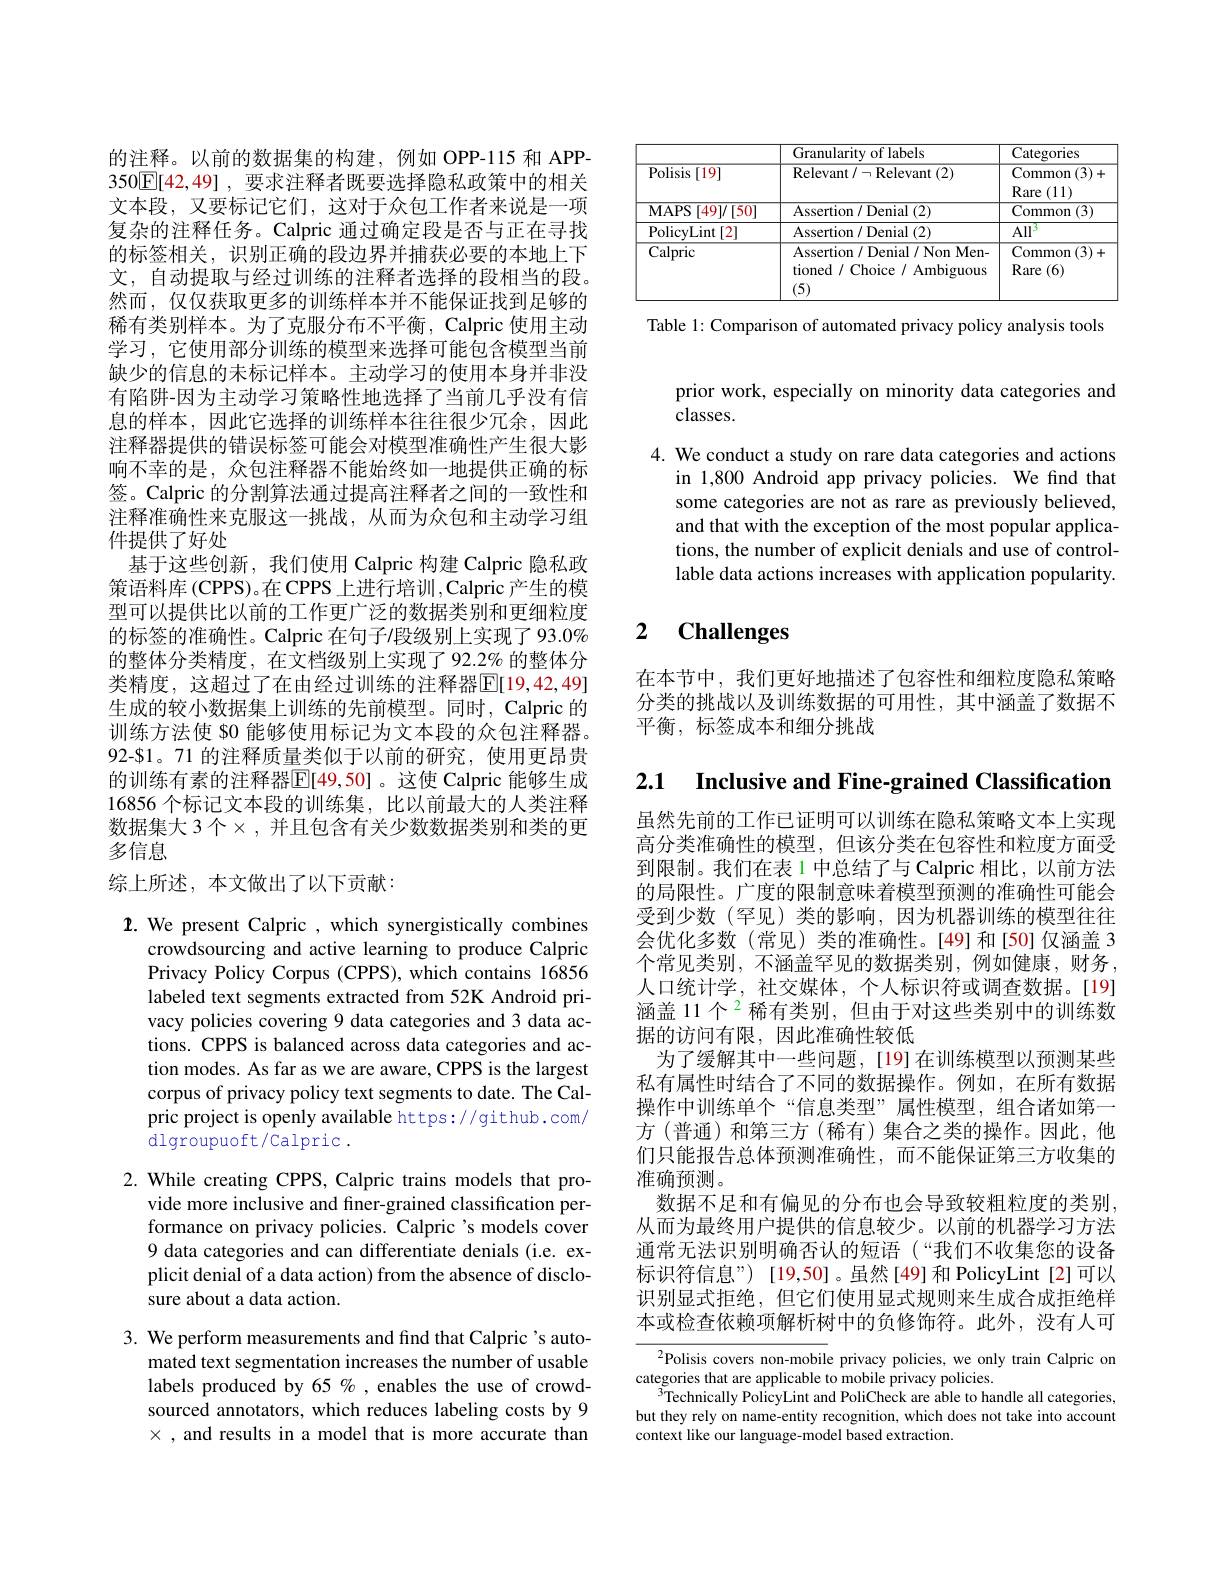
的注释。以前的数据集的构建，例如 OPP-115 和 APP- 350$\boxed{\mathbb{E}}[42,49]$ ,要求注释者既要选择隐私政策中的相关文本段，又要标记它们，这对于众包工作者来说是一项复杂的注释任务。Calpric 通过确定段是否与正在寻找的标签相关，识别正确的段边界并捕获必要的本地上下文，自动提取与经过训练的注释者选择的段相当的段。然而，仅仅获取更多的训练样本并不能保证找到足够的稀有类别样本。为了克服分布不平衡，Calpric 使用主动学习，它使用部分训练的模型来选择可能包含模型当前缺少的信息的未标记样本。主动学习的使用本身并非没有陷阱-因为主动学习策略性地选择了当前几乎没有信息的样本，因此它选择的训练样本往往很少冗余，因此注释器提供的错误标签可能会对模型准确性产生很大影响不幸的是，众包注释器不能始终如一地提供正确的标签。Calpric 的分割算法通过提高注释者之间的一致性和注释准确性来克服这一挑战，从而为众包和主动学习组件提供了好处
基于这些创新，我们使用 Calpric 构建 Calpric 隐私政策语料库(CPPS)。在 CPPS 上进行培训，Calpric 产生的模型可以提供比以前的工作更广泛的数据类别和更细粒度的标签的准确性。Calpric 在句子/段级别上实现了 93.0% 的整体分类精度，在文档级别上实现了 92.2% 的整体分类精度，这超过了在由经过训练的注释器$\mathbb{E}[19,42,49]$ 生成的较小数据集上训练的先前模型。同时，Calpric 的训练方法使 80 能够使用标记为文本段的众包注释器。92-$1。71 的注释质量类似于以前的研究，使用更昂贵的训练有素的注释器$\mathbb{E}[49,50]$。这使 Calpric 能够生成16856 个标记文本段的训练集，比以前最大的人类注释数据集大 3 个$\times$,并且包含有关少数数据类别和类的更多信息
综上所述，本文做出了以下贡献：

${\boldsymbol{I}.\text{ We present Calpric, which synergistically combines}}$
crowdsourcing and active learning to produce Calpric Privacy Policy Corpus (CPPS), which contains 16856 labeled text segments extracted from 52K Android privacy policies covering 9 data categories and 3 data actions. CPPS is balanced across data categories and action modes. As far as we are aware, CPPS is the largest corpus of privacy policy text segments to date. The Calpric project is openly available https://github.com/ dlgroupuoft/calpric .

2. While creating CPPS, Calpric trains models that pro-
vide more inclusive and finer-grained classification performance on privacy policies. Calpric's models cover 9 data categories and can differentiate denials (i.e. explicit denial of a data action) from the absence of disclosure about a data action.

3. We perform measurements and find that Calpric 's auto-
mated text segmentation increases the number of usable labels produced by 65 % , enables the use of crowdsourced annotators, which reduces labeling costs by 9 $\times$ , and results in a model that is more accurate than

<table>
	<tbody>
		<tr>
			<th> </th>
			<th>Granularity of labels</th>
			<th>Categories</th>
		</tr>
		<tr>
			<td>Polisis ;[19]</td>
			<td>Relevant$/ \neg$Relevant(2)</td>
			<td>Common (3) Rare (11)</td>
		</tr>
		<tr>
			<td>$\mathbf{MAPS}$ [49]/[50] </td>
			<td>$\overline{{\mathrm{Assertion~/~Denial~(2)}}}$</td>
			<td>Common $\overline{(3)}$</td>
		</tr>
		<tr>
			<td>PolicyLint [2]</td>
			<td>Assertion / Denial (2)</td>
			<td>$All^3$</td>
		</tr>
		<tr>
			<td>Calpric</td>
			<td>Assertion / Denial / Non Men- tioned / Choice / Ambiguous (5)</td>
			<td>Common (3) Rare (6)</td>
		</tr>
	</tbody>
</table>

Table 1: Comparison of automated privacy policy analysis tools

prior work, especially on minority data categories and
classes.

4. We conduct a study on rare data categories and actions
in 1,800 Android app privacy policies. We find that some categories are not as rare as previously believed, and that with the exception of the most popular applications, the number of explicit denials and use of controllable data actions increases with application popularity.

# 2 $\textbf{Challenges}$

在本节中，我们更好地描述了包容性和细粒度隐私策略分类的挑战以及训练数据的可用性，其中涵盖了数据不平衡，标签成本和细分挑战

2.1 $\textbf{Inclusive and Fine- grained Classification}$

虽然先前的工作已证明可以训练在隐私策略文本上实现高分类准确性的模型，但该分类在包容性和粒度方面受到限制。我们在表1 中总结了与 Calpric 相比，以前方法的局限性。广度的限制意味着模型预测的准确性可能会受到少数(罕见)类的影响，因为机器训练的模型往往会优化多数(常见)类的准确性。[49]和[50]仅涵盖3个常见类别，不涵盖罕见的数据类别，例如健康，财务， 人口统计学，社交媒体，个人标识符或调查数据。[19] 涵盖 11 个$^2$稀有类别，但由于对这些类别中的训练数据的访问有限，因此准确性较低
为了缓解其中一些问题，[19]在训练模型以预测某些私有属性时结合了不同的数据操作。例如，在所有数据操作中训练单个“信息类型”属性模型，组合诸如第一方(普通)和第三方(稀有)集合之类的操作。因此，他们只能报告总体预测准确性，而不能保证第三方收集的准确预测。
数据不足和有偏见的分布也会导致较粗粒度的类别， 从而为最终用户提供的信息较少。以前的机器学习方法通常无法识别明确否认的短语(“我们不收集您的设备标识符信息”)[19,50]。虽然[49]和 PolicyLint[2]可以识别显式拒绝，但它们使用显式规则来生成合成拒绝样本或检查依赖项解析树中的负修饰符。此外，没有人可

$^{2}$Polisis covers non-mobile privacy policies, we only train Calpric on
categories that are applicable to mobile privacy policies.
$^{3}$Technically PolicyLint and PoliCheck are able to handle all categories, but they rely on name-entity recognition, which does not take into account context like our language-model based extraction.